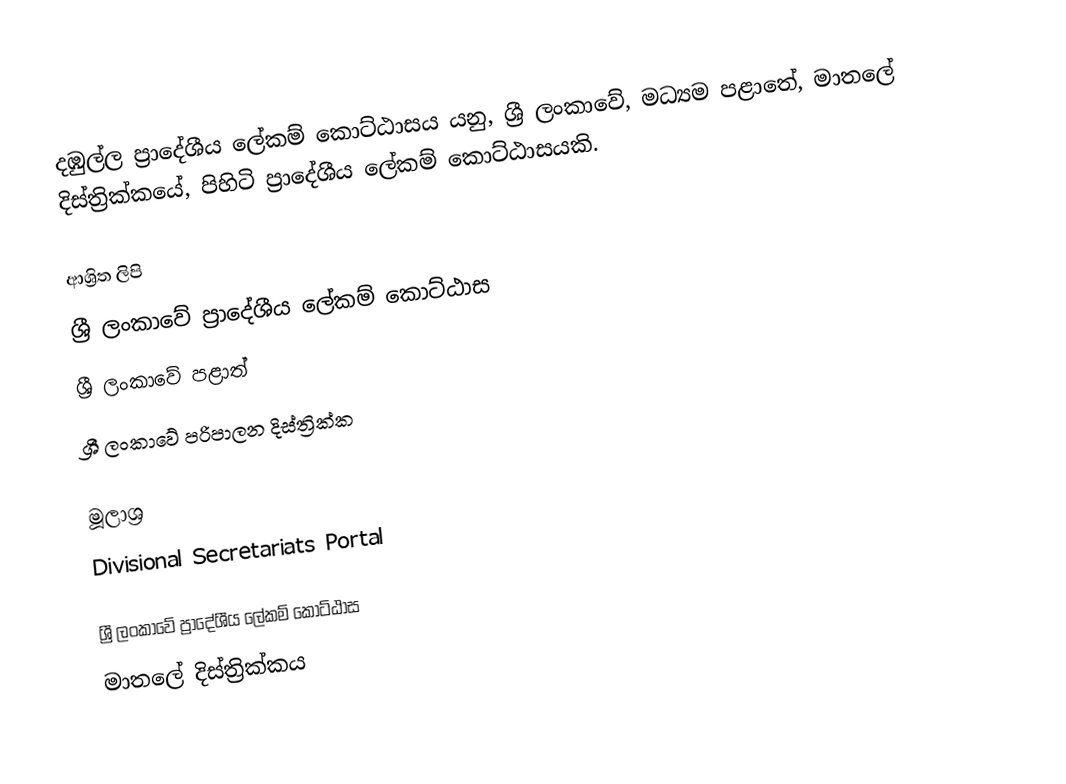
දඹුල්ල ප්‍රාදේශීය ලේකම් කොට්ඨාසය යනු,  ශ්‍රී ලංකාවේ, මධ්‍යම පළාතේ,   මාතලේ දිස්ත්‍රික්කයේ, පිහිටි ප්‍රාදේශීය ලේකම් කොට්ඨාසයකි.

ආශ්‍රිත ලිපි
ශ්‍රී ලංකාවේ ප්‍රාදේශීය ලේකම් කොට්ඨාස
ශ්‍රී ලංකාවේ පළාත්
ශ්‍රී ලංකාවේ පරිපාලන දිස්ත්‍රික්ක

මූලාශ්‍ර
 Divisional Secretariats Portal

ශ්‍රී ලංකාවේ ප්‍රාදේශීය ලේකම් කොට්ඨාස
මාතලේ දිස්ත්‍රික්කය